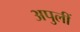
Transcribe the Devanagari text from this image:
अपुलीं